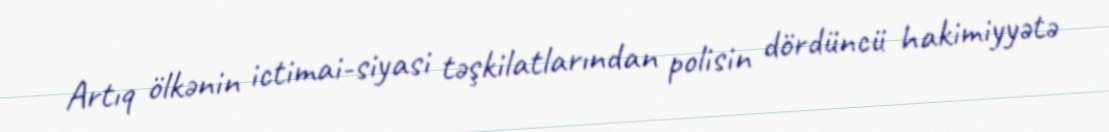
Artıq ölkənin ictimai-siyasi təşkilatlarından polisin dördüncü hakimiyyətə